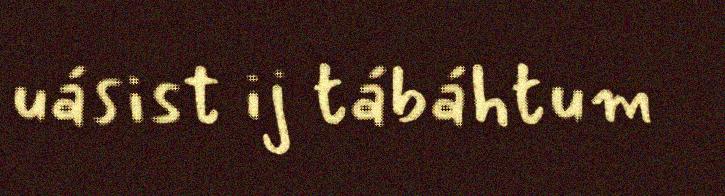
uásist ij tábáhtum